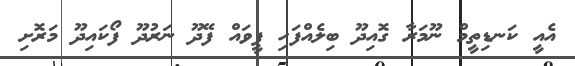
އެއީ ކަނޑިތީމް ނޫމަރާ ގޮއިދޫ ބިލެއްފަހި ފީވައް ފޭދޫ ނަރުދޫ ފޯކައިދޫ މަރޮށި